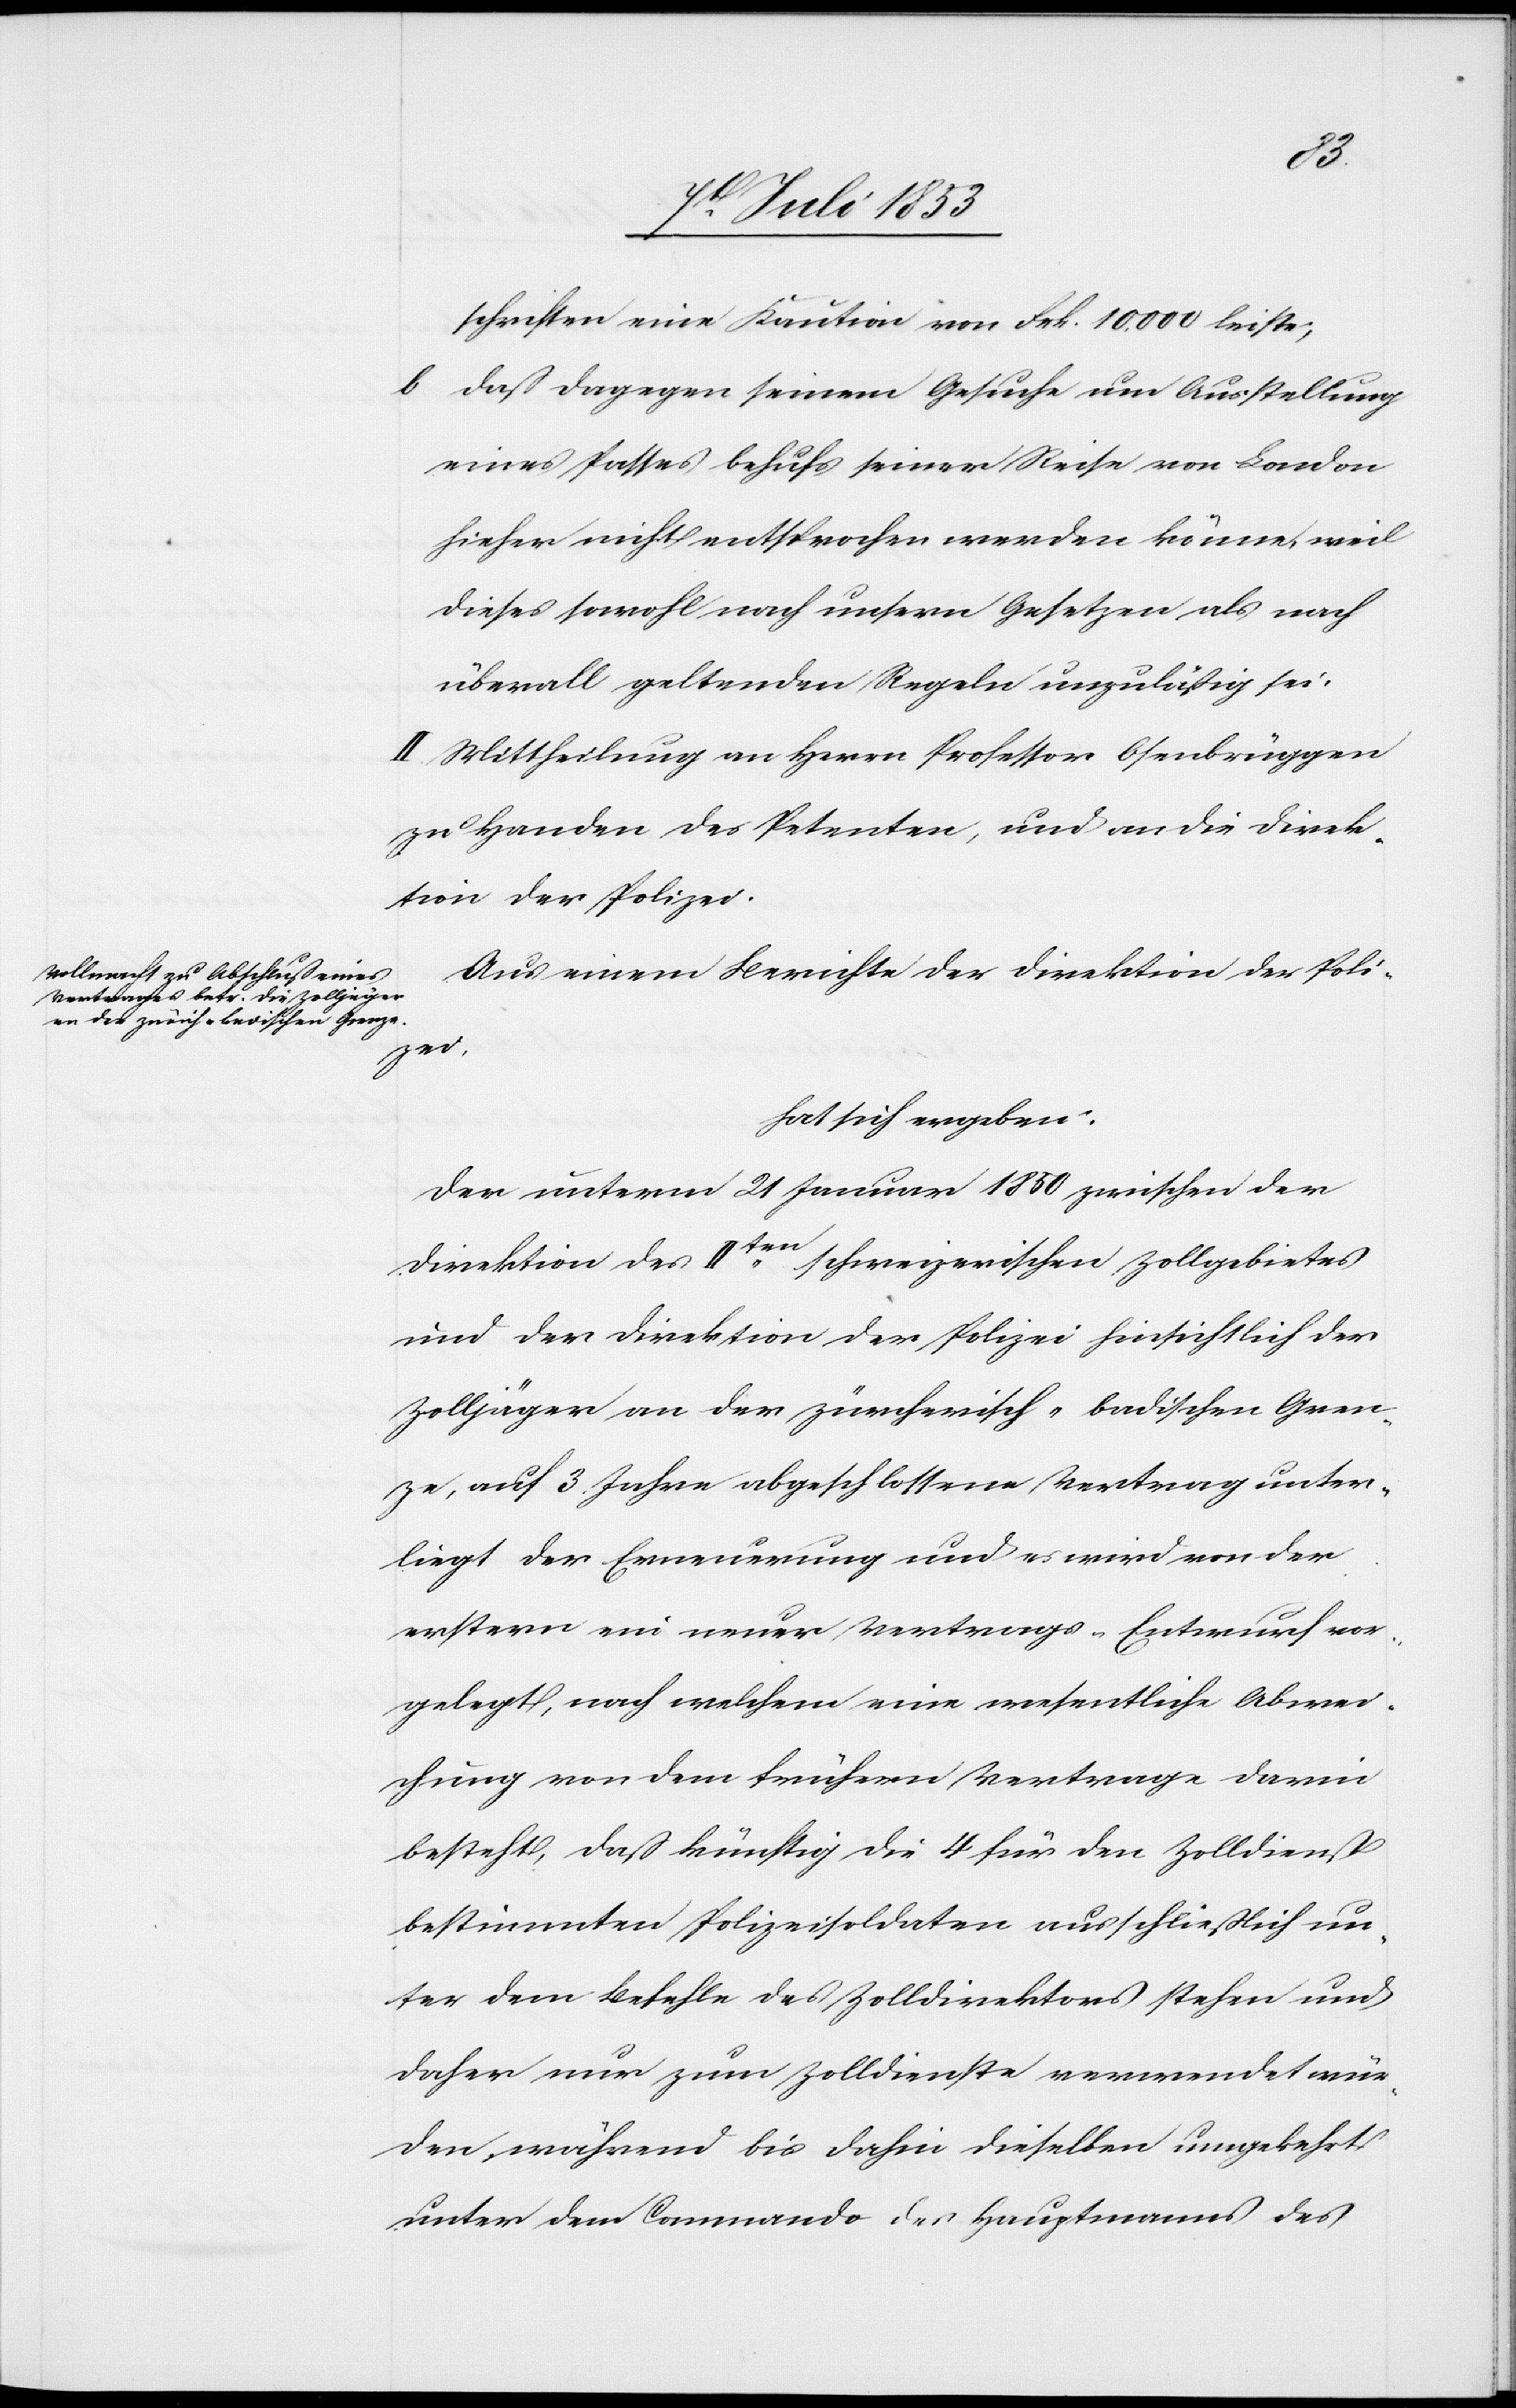
schriften eine Kaution von Frk. 10 000 leiste,
b, daß dagegen seinem Gesuche um Ausstellung
eines Passes behufs seiner Reise von London
hieher nicht entsprochen werden könne, weil
dieses sowohl nach unsern Gesetzen als nach
überall geltenden Regeln unzuläßig sei.
II. Mittheilung an Herrn Professor Osenbrüggen
zu Handen des Petenten, und an die Direk¬
tion der Polizei.
Aus einem Berichte der Direktion der Poli¬
zei,
hat sich ergeben:
Der unterm 21 Januar 1850 zwischen der
Direktion des IIten schweizerischen Zollgebietes
und der Direktion der Polizei hinsichtlich der
Zolljäger an der zürcherisch-badischen Gren¬
ze, auf 3 Jahre abgeschlossene Vertrag unter¬
liegt der Erneuerung und es wird von der
erstern ein neuer Vertrags-Entwurf vor¬
gelegt, nach welchem eine wesentliche Abwei¬
chung von dem frühern Vertrage darin
besteht, daß künftig die 4 für den Zolldienst
bestimmten Polizeisoldaten ausschließlich un¬
ter dem Befehle des Zolldirektors stehen und
daher nur zum Zolldienste verwendet wür¬
den, während bis dahin dieselben umgekehrt
unter dem Commando der Hauptmannes des